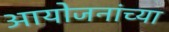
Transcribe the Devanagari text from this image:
आयोजनांच्‍या